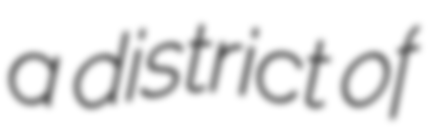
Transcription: a district of